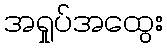
အရှုပ်အထွေး